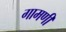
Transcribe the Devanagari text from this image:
गामणी